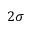
2 \sigma